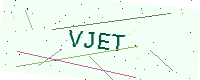
Text: VJET